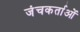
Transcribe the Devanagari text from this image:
जंचकर्ताओं